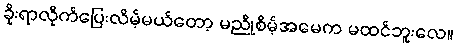
ခိုးရာလိုက်ပြေးလိမ့်မယ်တော့ မညိုစိမ့်အမေက မထင်ဘူးလေ။